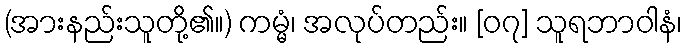
(အားနည်းသူတို့၏။) ကမ္မံ၊ အလုပ်တည်း။ [၀၇] သူရဘာဝါနံ၊